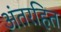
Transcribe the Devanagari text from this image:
अंतरहित